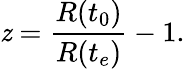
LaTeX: \mathit{z}={\frac{{R(t_{0})}}{{R(t_{e})}}}-1.